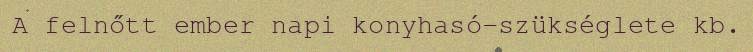
A felnőtt ember napi konyhasó-szükséglete kb.